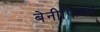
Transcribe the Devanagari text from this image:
बेनीफिका